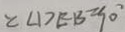
\angle D E B = 9 0 ^ { \circ }